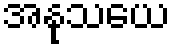
အနုသယေ